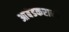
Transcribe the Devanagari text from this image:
आंबेडकरानी